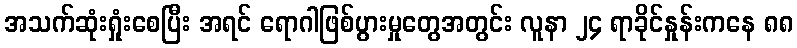
အသက်ဆုံးရှုံးစေပြီး အရင် ရောဂါဖြစ်ပွားမှုတွေအတွင်း လူနာ ၂၄ ရာခိုင်နှုန်းကနေ ၈၈